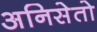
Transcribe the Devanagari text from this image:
अनिसेतो